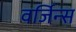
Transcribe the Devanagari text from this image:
वर्जिन्स